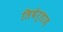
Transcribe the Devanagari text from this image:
लिबेर्ताद